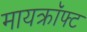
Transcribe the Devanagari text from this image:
मायक्राॅफ्ट